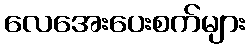
လေအေးပေးစက်များ